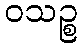
ဝသဉ္စ